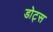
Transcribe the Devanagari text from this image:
डोट्स